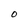
Character: O